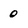
Character: 0